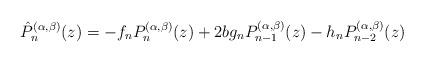
LaTeX: \begin{align*}\hat{P}_n^{(\alpha,\beta)}(z)=-f_nP_n^{(\alpha,\beta)}(z)+2b g_n P_{n-1}^{(\alpha,\beta)}(z)-h_n P_{n-2}^{(\alpha,\beta)}(z)\end{align*}